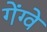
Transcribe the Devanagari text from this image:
गेंग्वे